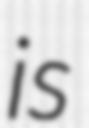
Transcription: is